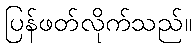
ပြန်ဖတ်လိုက်သည်။